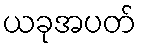
ယခုအပတ်